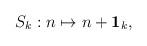
LaTeX: \begin{align*}\begin{aligned}S_k:n\mapsto n+\bold{1}_k,\end{aligned}\end{align*}